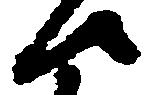
候